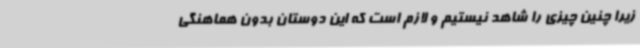
زیرا چنین چیزی را شاهد نیستیم و لازم است که این دوستان بدون هماهنگی